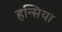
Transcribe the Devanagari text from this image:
हन्सिया